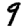
Digit: 9